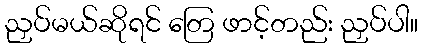
ညှပ်မယ်ဆိုရင် တြေ ဖာင့်တည်း ညှပ်ပါ။